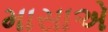
માસાએ